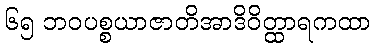
၆၅ ဘဝပစ္စယာဇာတိအာဒိဝိတ္ထာရကထာ